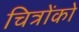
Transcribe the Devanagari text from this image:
चित्रोंको